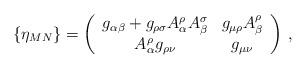
LaTeX: \begin{align*}\{\eta_{MN}\}=\left(\begin{array}{cc}g_{\alpha\beta}+g_{\rho\sigma}A^{\rho}_{\alpha}A^{\sigma}_{\beta}&g_{\mu\rho}A^{\rho}_{\beta}\\ A^{\rho}_{\alpha}g_{\rho\nu}&g_{\mu\nu}\end{array}\right)\,,\end{align*}